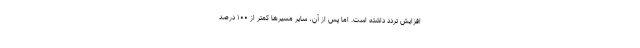
افزایش تردد داشته است. اما پس از آن، سایر مسیرها کمتر از ۱۰۰ درصد